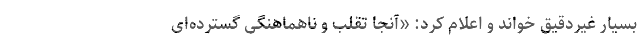
بسیار غیردقیق خواند و اعلام کرد: «آنجا تقلب و ناهماهنگی گسترده‌ای